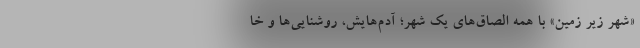
«شهر زیر زمین» با همه الصاق‌های یک شهر؛ آدم‌هایش، روشنایی‌ها و خا